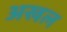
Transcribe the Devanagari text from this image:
अखल